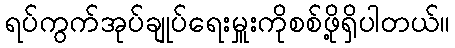
ရပ်ကွက်အုပ်ချုပ်ရေးမှူးကိုစစ်ဖို့ရှိပါတယ်။